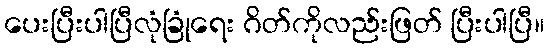
ပေးပြီးပါပြီလုံခြုံရေး ဂိတ်ကိုလည်းဖြတ် ပြီးပါပြီ။